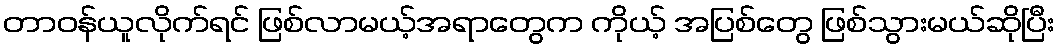
တာဝန်ယူလိုက်ရင် ဖြစ်လာမယ့်အရာတွေက ကိုယ့် အပြစ်တွေ ဖြစ်သွားမယ်ဆိုပြီး